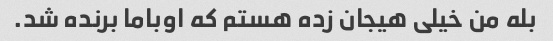
بله من خیلی هیجان زده هستم که اوباما برنده شد.